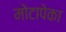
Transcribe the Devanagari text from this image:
मोटापेका